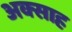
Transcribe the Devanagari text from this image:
अक्साह